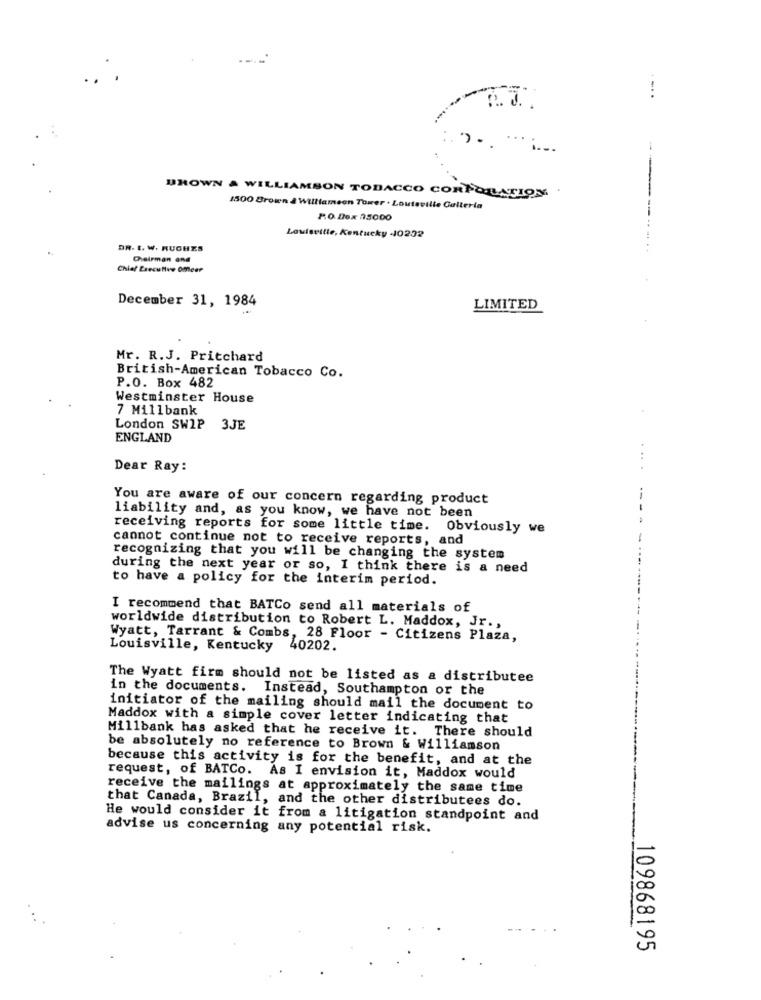
!
a.J.
BROWN & WILLIAMSON TOBACCO CORPORATION
1500 Brown a Williamson Tower . Louteville Galteria
P.O. Box 25000
Louisville, Kentucky -10232
DR. 1. W. RUCHES
Chairman and
Chief Executive Omeer
December 31, 1984
LIMITED
Mr. R.J. Pritchard
British-American Tobacco Co.
P.O. Box 482
Westminster House
7 Millbank
London SWIP 3JE
ENGLAND
Dear Ray:
You are aware of our concern regarding product
liability and, as you know, we have not been
receiving reports for some little time. Obviously we
cannot continue not to receive reports, and
recognizing that you will be changing the system
during the next year or so, I think there is a need
to have a policy for the interim period.
I recommend that BATCo send all materials of
worldwide distribution to Robert L. Maddox, Jr .,
Wyatt, Tarrant & Combs, 28 Floor - Citizens Plaza,
Louisville, Kentucky
40202.
The Wyatt firm should not be listed as & distributee
in the documents. Instead, Southampton or the
initiator of the mailing should mail the document to
Maddox with a simple cover letter indicating that
Millbank has asked that he receive it. There should
be absolutely no reference to Brown & Williamson
because this activity is for the benefit, and at the
request, of BATCo. As I envision it, Maddox would
receive the mailings at approximately the same time
that Canada, Brazil, and the other distributees do.
He would consider it from a litigation standpoint and
advise us concerning any potential risk.
109868195